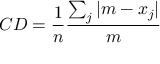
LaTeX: C D = { \frac { 1 } { n } } { \frac { \sum _ { j } { | m - x _ { j } | } } { m } }